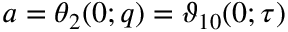
a = \theta _ { 2 } ( 0 ; q ) = \vartheta _ { 1 0 } ( 0 ; \tau )